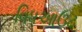
વિધઆઉટ